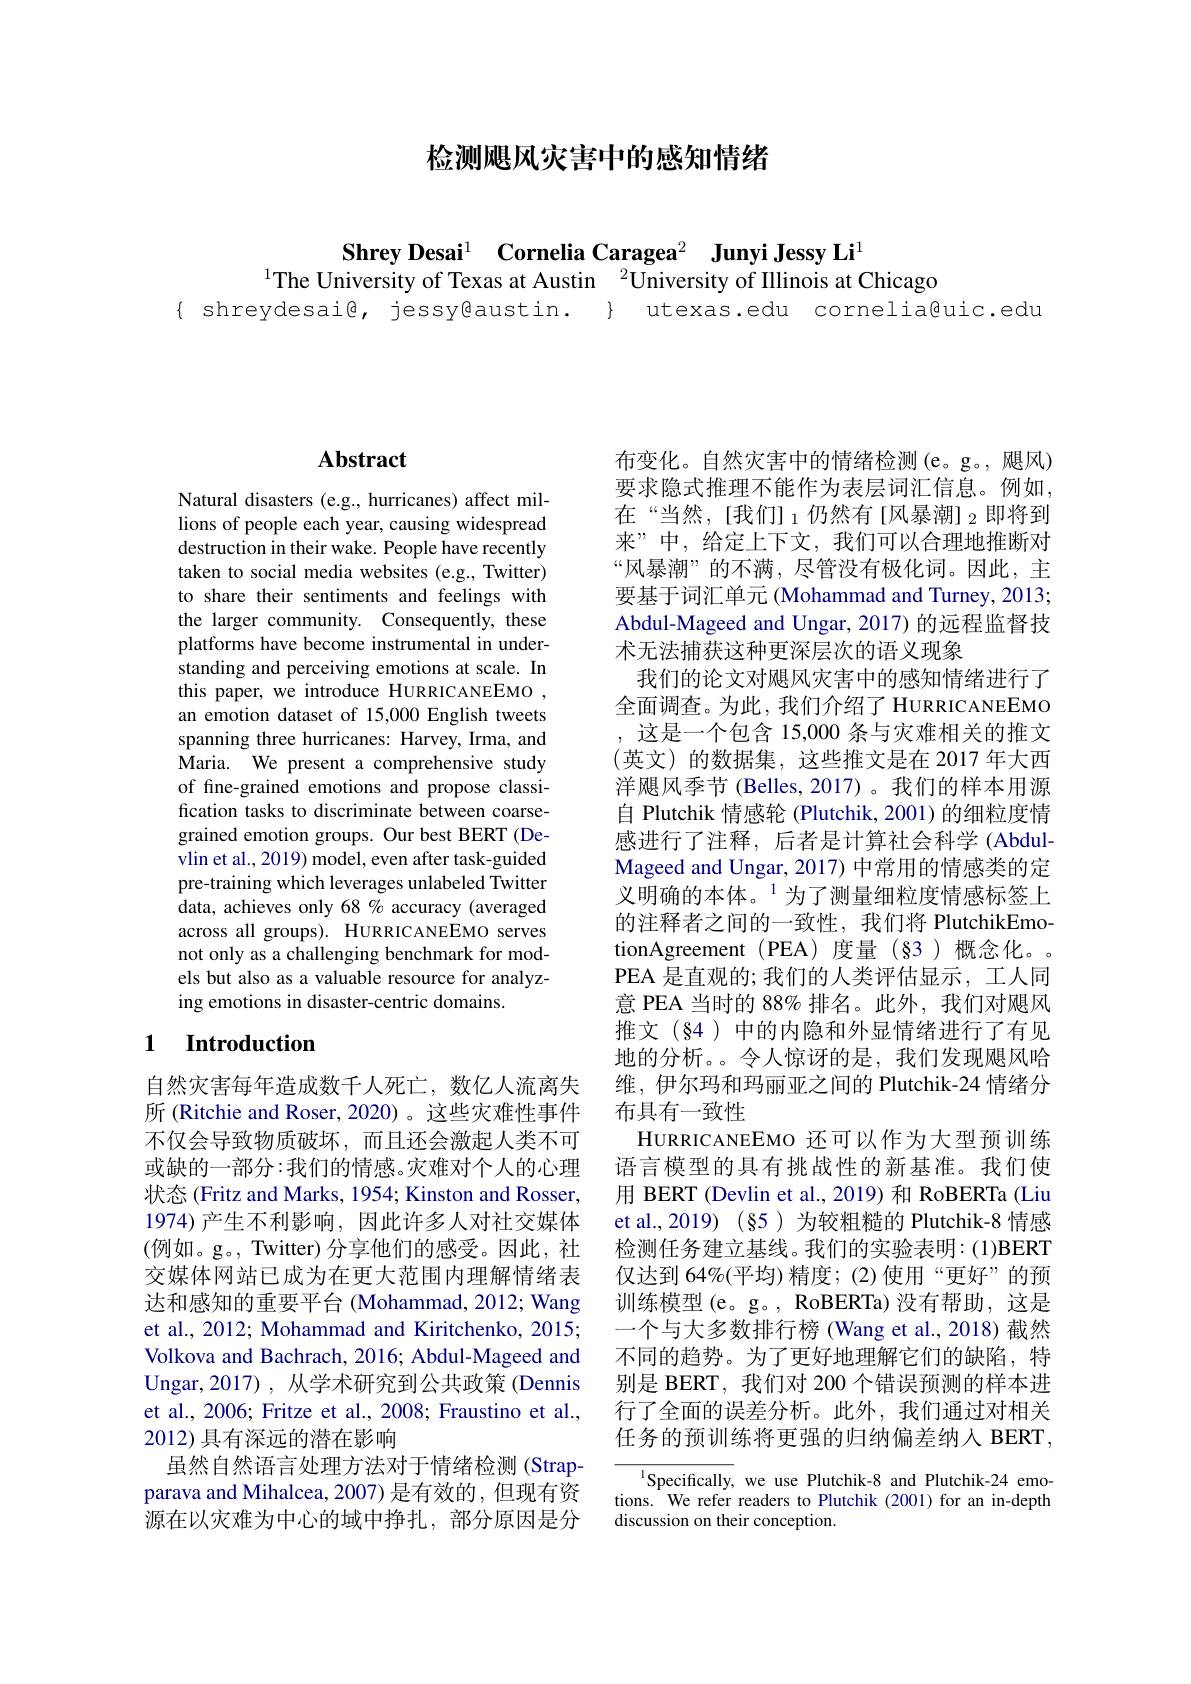
检测飓风灾害中的感知情绪

Shrey Desai$^1$ $\textbf{Cornelia Caragea}^2$ $\textbf{Junyi Jessy Li}^1$
$^{1}$The University of Texas at Austin $^2\ddot{\text{Universityof Illinois at Chicago}}$
{ shreydesai@, jessy@austin. } utexas.edu cornelia@uic.edu

## Abstract

Natural disasters (e.g., hurricanes) affect millions of people each year, causing widespread destruction in their wake. People have recently taken to social media websites (e.g., Twitter) to share their sentiments and feelings with the larger community. Consequently, these platforms have become instrumental in understanding and perceiving emotions at scale. In this paper, we introduce HURRICANEEMO , an emotion dataset of 15,000 English tweets spanning three hurricanes: Harvey, Irma, and Maria. We present a comprehensive study of fine-grained emotions and propose classification tasks to discriminate between coarsegrained emotion groups. Our best BERT (Devlin et al., 2019) model, even after task-guided pre-training which leverages unlabeled Twitter data, achieves only 68 % accuracy (averaged across all groups). HURRICANEEMO serves not only as a challenging benchmark for models but also as a valuable resource for analyzing emotions in disaster-centric domains.

## 1 Introduction

自然灾害每年造成数千人死亡，数亿人流离失所 (Ritchie and Roser, 2020) 。这些灾难性事件不仅会导致物质破坏，而且还会激起人类不可或缺的一部分：我们的情感。灾难对个人的心理状态 (Fritz and Marks, 1954; Kinston and Rosser, 1974)产生不利影响，因此许多人对社交媒体(例如。g。, Twitter) 分享他们的感受。因此，社交媒体网站已成为在更大范围内理解情绪表达和感知的重要平台 (Mohammad, 2012; Wang et al., 2012; Mohammad and Kiritchenko, 2015; Volkova and Bachrach, 2016; Abdul-Mageed and Ungar,2017),从学术研究到公共政策(Dennis et al., 2006; Fritze et al., 2008; Fraustino et al., 2012) 具有深远的潜在影响
虽然自然语言处理方法对于情绪检测(Strapparava and Mihalcea, 2007) 是有效的，但现有资源在以灾难为中心的域中挣扎，部分原因是分

布变化。自然灾害中的情绪检测(e。g。,飓风) 要求隐式推理不能作为表层词汇信息。例如， $在“当然，[我们]_{1}仍然有[风暴潮]_{2}即将到$ 来”中，给定上下文，我们可以合理地推断对“风暴潮”的不满，尽管没有极化词。因此，主要基于词汇单元 (Mohammad and Turney, 2013; Abdul-Mageed and Ungar, 2017) 的远程监督技术无法捕获这种更深层次的语义现象
我们的论文对飓风灾害中的感知情绪进行了全面调查。为此，我们介绍了 HURRICANEEMO ,这是一个包含 15,000 条与灾难相关的推文(英文)的数据集，这些推文是在 2017 年大西洋飓风季节 (Belles, 2017)。我们的样本用源自 Plutchik 情感轮 (Plutchik, 2001) 的细粒度情感进行了注释，后者是计算社会科学 (AbdulMageed and Ungar, 2017) 中常用的情感类的定义明确的本体。$^{1}$为了测量细粒度情感标签上的注释者之间的一致性，我们将 PlutchikEmotionAgreement (PEA)度量 (§3)概念化。。PEA 是直观的；我们的人类评估显示，工人同意 PEA 当时的 88% 排名。此外，我们对飓风推文(§4)中的内隐和外显情绪进行了有见地的分析。。令人惊讶的是，我们发现飓风哈维，伊尔玛和玛丽亚之间的 Plutchik-24 情绪分布具有一致性
HURRICANEEMO 还可以作为大型预训练语言模型的具有挑战性的新基准。我们使用 BERT (Devlin et al., 2019) 和 RoBERTa (Liu et al.,2019)(§5)为较粗糙的 Plutchik-8 情感检测任务建立基线。我们的实验表明：(1)BERT 仅达到 64%(平均)精度；(2)使用“更好”的预训练模型(e。g。, RoBERTa) 没有帮助，这是一个与大多数排行榜 (Wang et al.,2018)截然不同的趋势。为了更好地理解它们的缺陷，特别是 BERT, 我们对 200 个错误预测的样本进行了全面的误差分析。此外，我们通过对相关任务的预训练将更强的归纳偏差纳入 BERT ,
$^{\mathrm{l}}$Specifically, we use Plutchik-8 and Plutchik-24 emo-

tions. We refer readers to Plutchik (2001) for an in-depth
discussion on their conception.